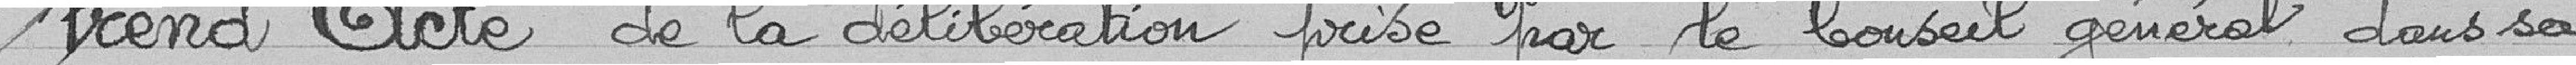
Prend acte de la délibération prise par le Conseil général dans sa